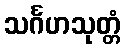
သင်္ဂဟသုတ္တံ